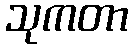
သုကတာ